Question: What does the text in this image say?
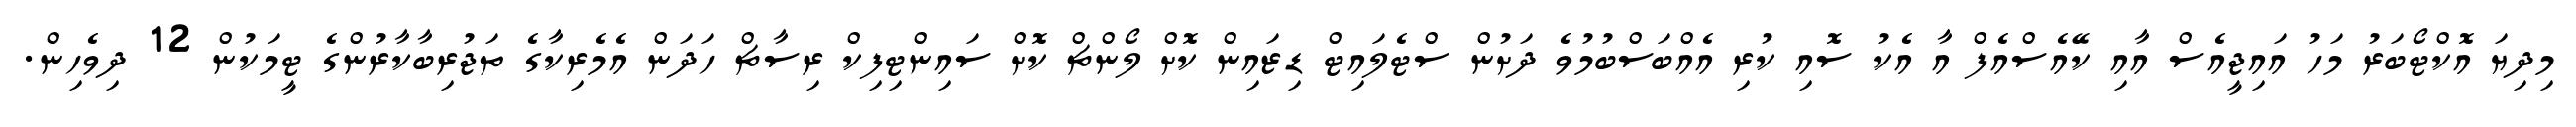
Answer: މިދިޔަ އޮކްޓޯބަރު މަހު އައިޖީއެސް އާއި ކޭއެސްއެފް އާ އެކު ސޮއި ކުރި އެއްބަސްބުމުވެ ދަށުން ސްޓެލައިޓް ޑިޒައިން ކޮށް ލޯންޗް ކޮށް ސައިންޓިފިކް ރިސާޗް ހަދަން އެމެރިކާގެ ތަޖުރިބާކާރުންގެ ޓީމަކުން 12 ދިވެހިން.